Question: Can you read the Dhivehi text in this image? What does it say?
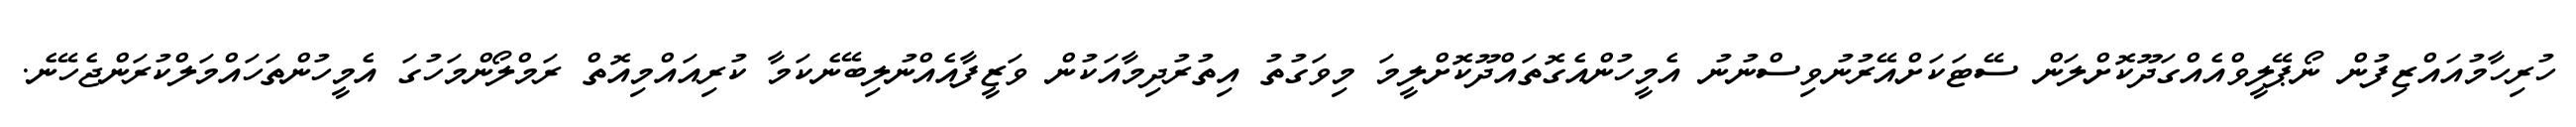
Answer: ހުރިހާމުއައްޒިފުން ނޯޕޭލީވްއެއްގަދޫކޮށްލަން ސޭޓަކަށްއޭރުނުވިސްނުނު އެމީހުންއެގޮތައްދޫކޮށްލީމަ މިވަގުތު އިތުރުދިމާއަކުން ވަޒީފާއެއްނުލިބޭނެކަމާ ކުރިއައްމިއޮތް ރަމްލޯންމަހުގަ އެމީހުންތަހައްމަލްކުރަންޖެހޭނެ.